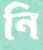
নি